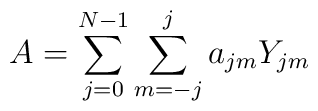
A = \sum_{j=0}^{N-1} \sum_{m=-j}^j a_{jm} Y_{jm}